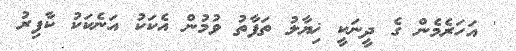
' އަހަރެމެން ގެ ދީނަކީ ޚިޔާލު ތަފާތު ވުމުން އެކަކު އަނެކަކު ކާފިރު